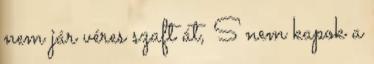
nem jár véres szaft át, S nem kapok a